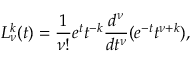
L _ { \nu } ^ { k } ( t ) = \frac { 1 } { \nu ! } e ^ { t } t ^ { - k } \frac { d ^ { \nu } } { d t ^ { \nu } } ( e ^ { - t } t ^ { \nu + k } ) ,